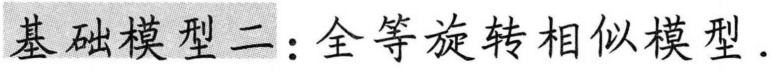
基础模型二：全等旋转相似模型.